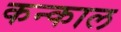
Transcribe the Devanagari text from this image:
कन्काल